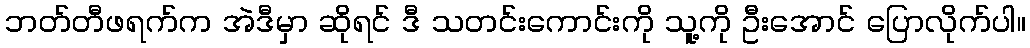
ဘတ်တီဖရက်က အဲဒီမှာ ဆိုရင် ဒီ သတင်းကောင်းကို သူ့ကို ဦးအောင် ပြောလိုက်ပါ။